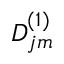
D _ { j m } ^ { ( 1 ) }